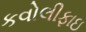
કવોલીફાઇ